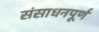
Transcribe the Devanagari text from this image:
संसाधनपूर्ण